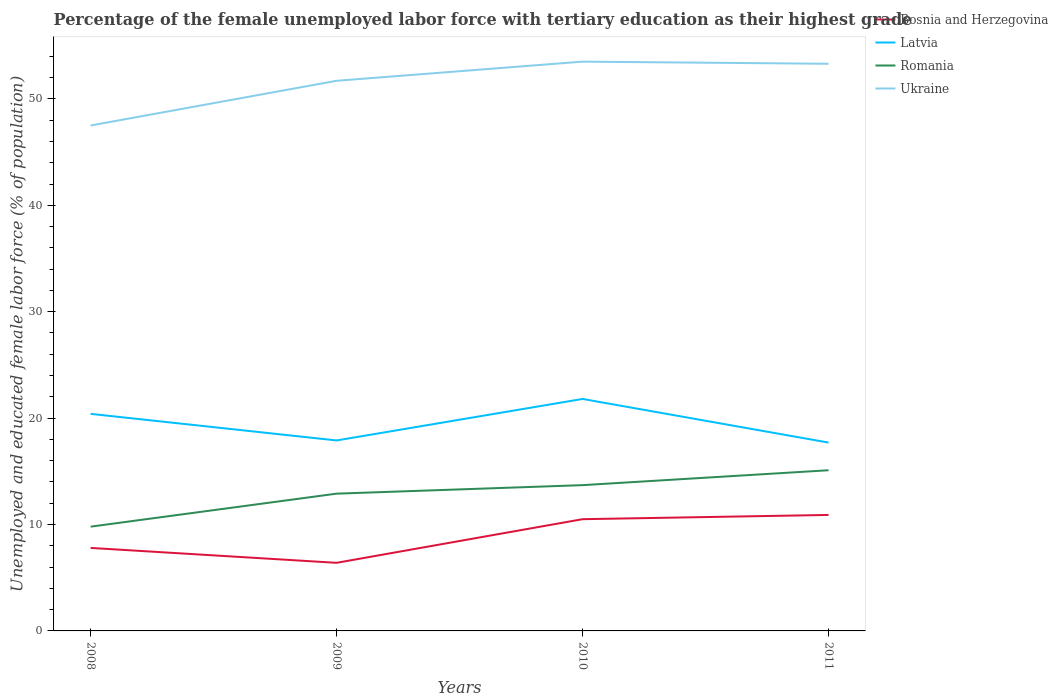
| Years | Bosnia and Herzegovina | Latvia | Romania | Ukraine |
 | --- | --- | --- | --- | --- |
 | 2008 | 7.8 | 20.4 | 9.8 | 47.5 |
 | 2009 | 6.4 | 17.9 | 12.9 | 51.7 |
 | 2010 | 10.5 | 21.8 | 13.7 | 53.5 |
 | 2011 | 10.9 | 17.7 | 15.1 | 53.3 |